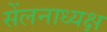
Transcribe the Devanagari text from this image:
सेंलनाध्यक्ष